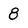
Character: 8